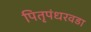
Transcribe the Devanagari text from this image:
पितृपंधरवडा